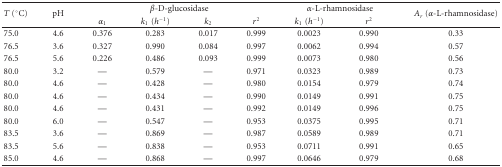
<table><thead><tr><td rowspan="2"><b><i>T</i> (°C)</b></td><td rowspan="2"><b>pH</b></td><td colspan="4"><b><i>β</i>-D-glucosidase</b></td><td colspan="2"><b><i>α</i>-L-rhamnosidase</b></td><td rowspan="2"><b><i>A</i><sub><i>r</i></sub> (<i>α</i>-L-rhamnosidase)</b></td></tr><tr><td><b><i>α</i><sub>1</sub></b></td><td><b><i>k</i><sub>1</sub>(<i>h</i><sup>−1</sup>)</b></td><td><b><i>k</i><sub>2</sub></b></td><td><b><i>r</i><sup>2</sup></b></td><td><b><i>k</i><sub>1</sub>(<i>h</i><sup>−1</sup>)</b></td><td><b><i>r</i><sup>2</sup></b></td></tr></thead><tbody><tr><td>75.0</td><td>4.6</td><td>0.376</td><td>0.283</td><td>0.017</td><td>0.999</td><td>0.0023</td><td>0.990</td><td>0.33</td></tr><tr><td>76.5</td><td>3.6</td><td>0.327</td><td>0.990</td><td>0.084</td><td>0.997</td><td>0.0062</td><td>0.994</td><td>0.57</td></tr><tr><td>76.5</td><td>5.6</td><td>0.226</td><td>0.486</td><td>0.093</td><td>0.999</td><td>0.0073</td><td>0.980</td><td>0.56</td></tr><tr><td>80.0</td><td>3.2</td><td>—</td><td>0.579</td><td>—</td><td>0.971</td><td>0.0323</td><td>0.989</td><td>0.73</td></tr><tr><td>80.0</td><td>4.6</td><td>—</td><td>0.428</td><td>—</td><td>0.980</td><td>0.0154</td><td>0.979</td><td>0.74</td></tr><tr><td>80.0</td><td>4.6</td><td>—</td><td>0.434</td><td>—</td><td>0.990</td><td>0.0149</td><td>0.991</td><td>0.75</td></tr><tr><td>80.0</td><td>4.6</td><td>—</td><td>0.431</td><td>—</td><td>0.992</td><td>0.0149</td><td>0.996</td><td>0.75</td></tr><tr><td>80.0</td><td>6.0</td><td>—</td><td>0.547</td><td>—</td><td>0.953</td><td>0.0375</td><td>0.995</td><td>0.71</td></tr><tr><td>83.5</td><td>3.6</td><td>—</td><td>0.869</td><td>—</td><td>0.987</td><td>0.0589</td><td>0.989</td><td>0.71</td></tr><tr><td>83.5</td><td>5.6</td><td>—</td><td>0.838</td><td>—</td><td>0.953</td><td>0.0711</td><td>0.991</td><td>0.65</td></tr><tr><td>85.0</td><td>4.6</td><td>—</td><td>0.868</td><td>—</td><td>0.997</td><td>0.0646</td><td>0.979</td><td>0.68</td></tr></tbody></table>